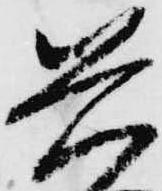
兵